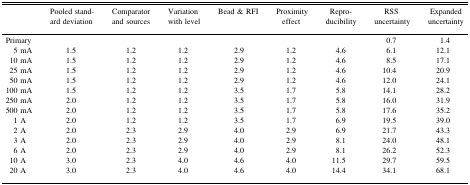
<table><thead><tr><td></td><td><b>Pooled standard deviation</b></td><td><b>Comparator and sources</b></td><td><b>Variation with level</b></td><td><b>Bead &amp; RFI</b></td><td><b>Proximity effect</b></td><td><b>Repro-ducibility</b></td><td><b>RSS uncertainty</b></td><td><b>Expanded uncertainty</b></td></tr></thead><tbody><tr><td>Primary</td><td></td><td></td><td></td><td></td><td></td><td></td><td>0.7</td><td>1.4</td></tr><tr><td>5 mA</td><td>1.5</td><td>1.2</td><td>1.2</td><td>2.9</td><td>1.2</td><td>4.6</td><td>6.1</td><td>12.1</td></tr><tr><td>10 mA</td><td>1.5</td><td>1.2</td><td>1.2</td><td>2.9</td><td>1.2</td><td>4.6</td><td>8.5</td><td>17.1</td></tr><tr><td>25 mA</td><td>1.5</td><td>1.2</td><td>1.2</td><td>2.9</td><td>1.2</td><td>4.6</td><td>10.4</td><td>20.9</td></tr><tr><td>50 mA</td><td>1.5</td><td>1.2</td><td>1.2</td><td>2.9</td><td>1.2</td><td>4.6</td><td>12.0</td><td>24.1</td></tr><tr><td>100 mA</td><td>1.5</td><td>1.2</td><td>1.2</td><td>3.5</td><td>1.7</td><td>5.8</td><td>14.1</td><td>28.2</td></tr><tr><td>250 mA</td><td>2.0</td><td>1.2</td><td>1.2</td><td>3.5</td><td>1.7</td><td>5.8</td><td>16.0</td><td>31.9</td></tr><tr><td>500 mA</td><td>2.0</td><td>1.2</td><td>1.2</td><td>3.5</td><td>1.7</td><td>5.8</td><td>17.6</td><td>35.2</td></tr><tr><td>1 A</td><td>2.0</td><td>1.2</td><td>1.2</td><td>3.5</td><td>1.7</td><td>6.9</td><td>19.5</td><td>39.0</td></tr><tr><td>2 A</td><td>2.0</td><td>2.3</td><td>2.9</td><td>4.0</td><td>2.9</td><td>6.9</td><td>21.7</td><td>43.3</td></tr><tr><td>3 A</td><td>2.0</td><td>2.3</td><td>2.9</td><td>4.0</td><td>2.9</td><td>8.1</td><td>24.0</td><td>48.1</td></tr><tr><td>6 A</td><td>2.0</td><td>2.3</td><td>2.9</td><td>4.0</td><td>2.9</td><td>8.1</td><td>26.2</td><td>52.3</td></tr><tr><td>10 A</td><td>3.0</td><td>2.3</td><td>4.0</td><td>4.6</td><td>4.0</td><td>11.5</td><td>29.7</td><td>59.5</td></tr><tr><td>20 A</td><td>3.0</td><td>2.3</td><td>4.0</td><td>4.6</td><td>4.0</td><td>14.4</td><td>34.1</td><td>68.1</td></tr></tbody></table>